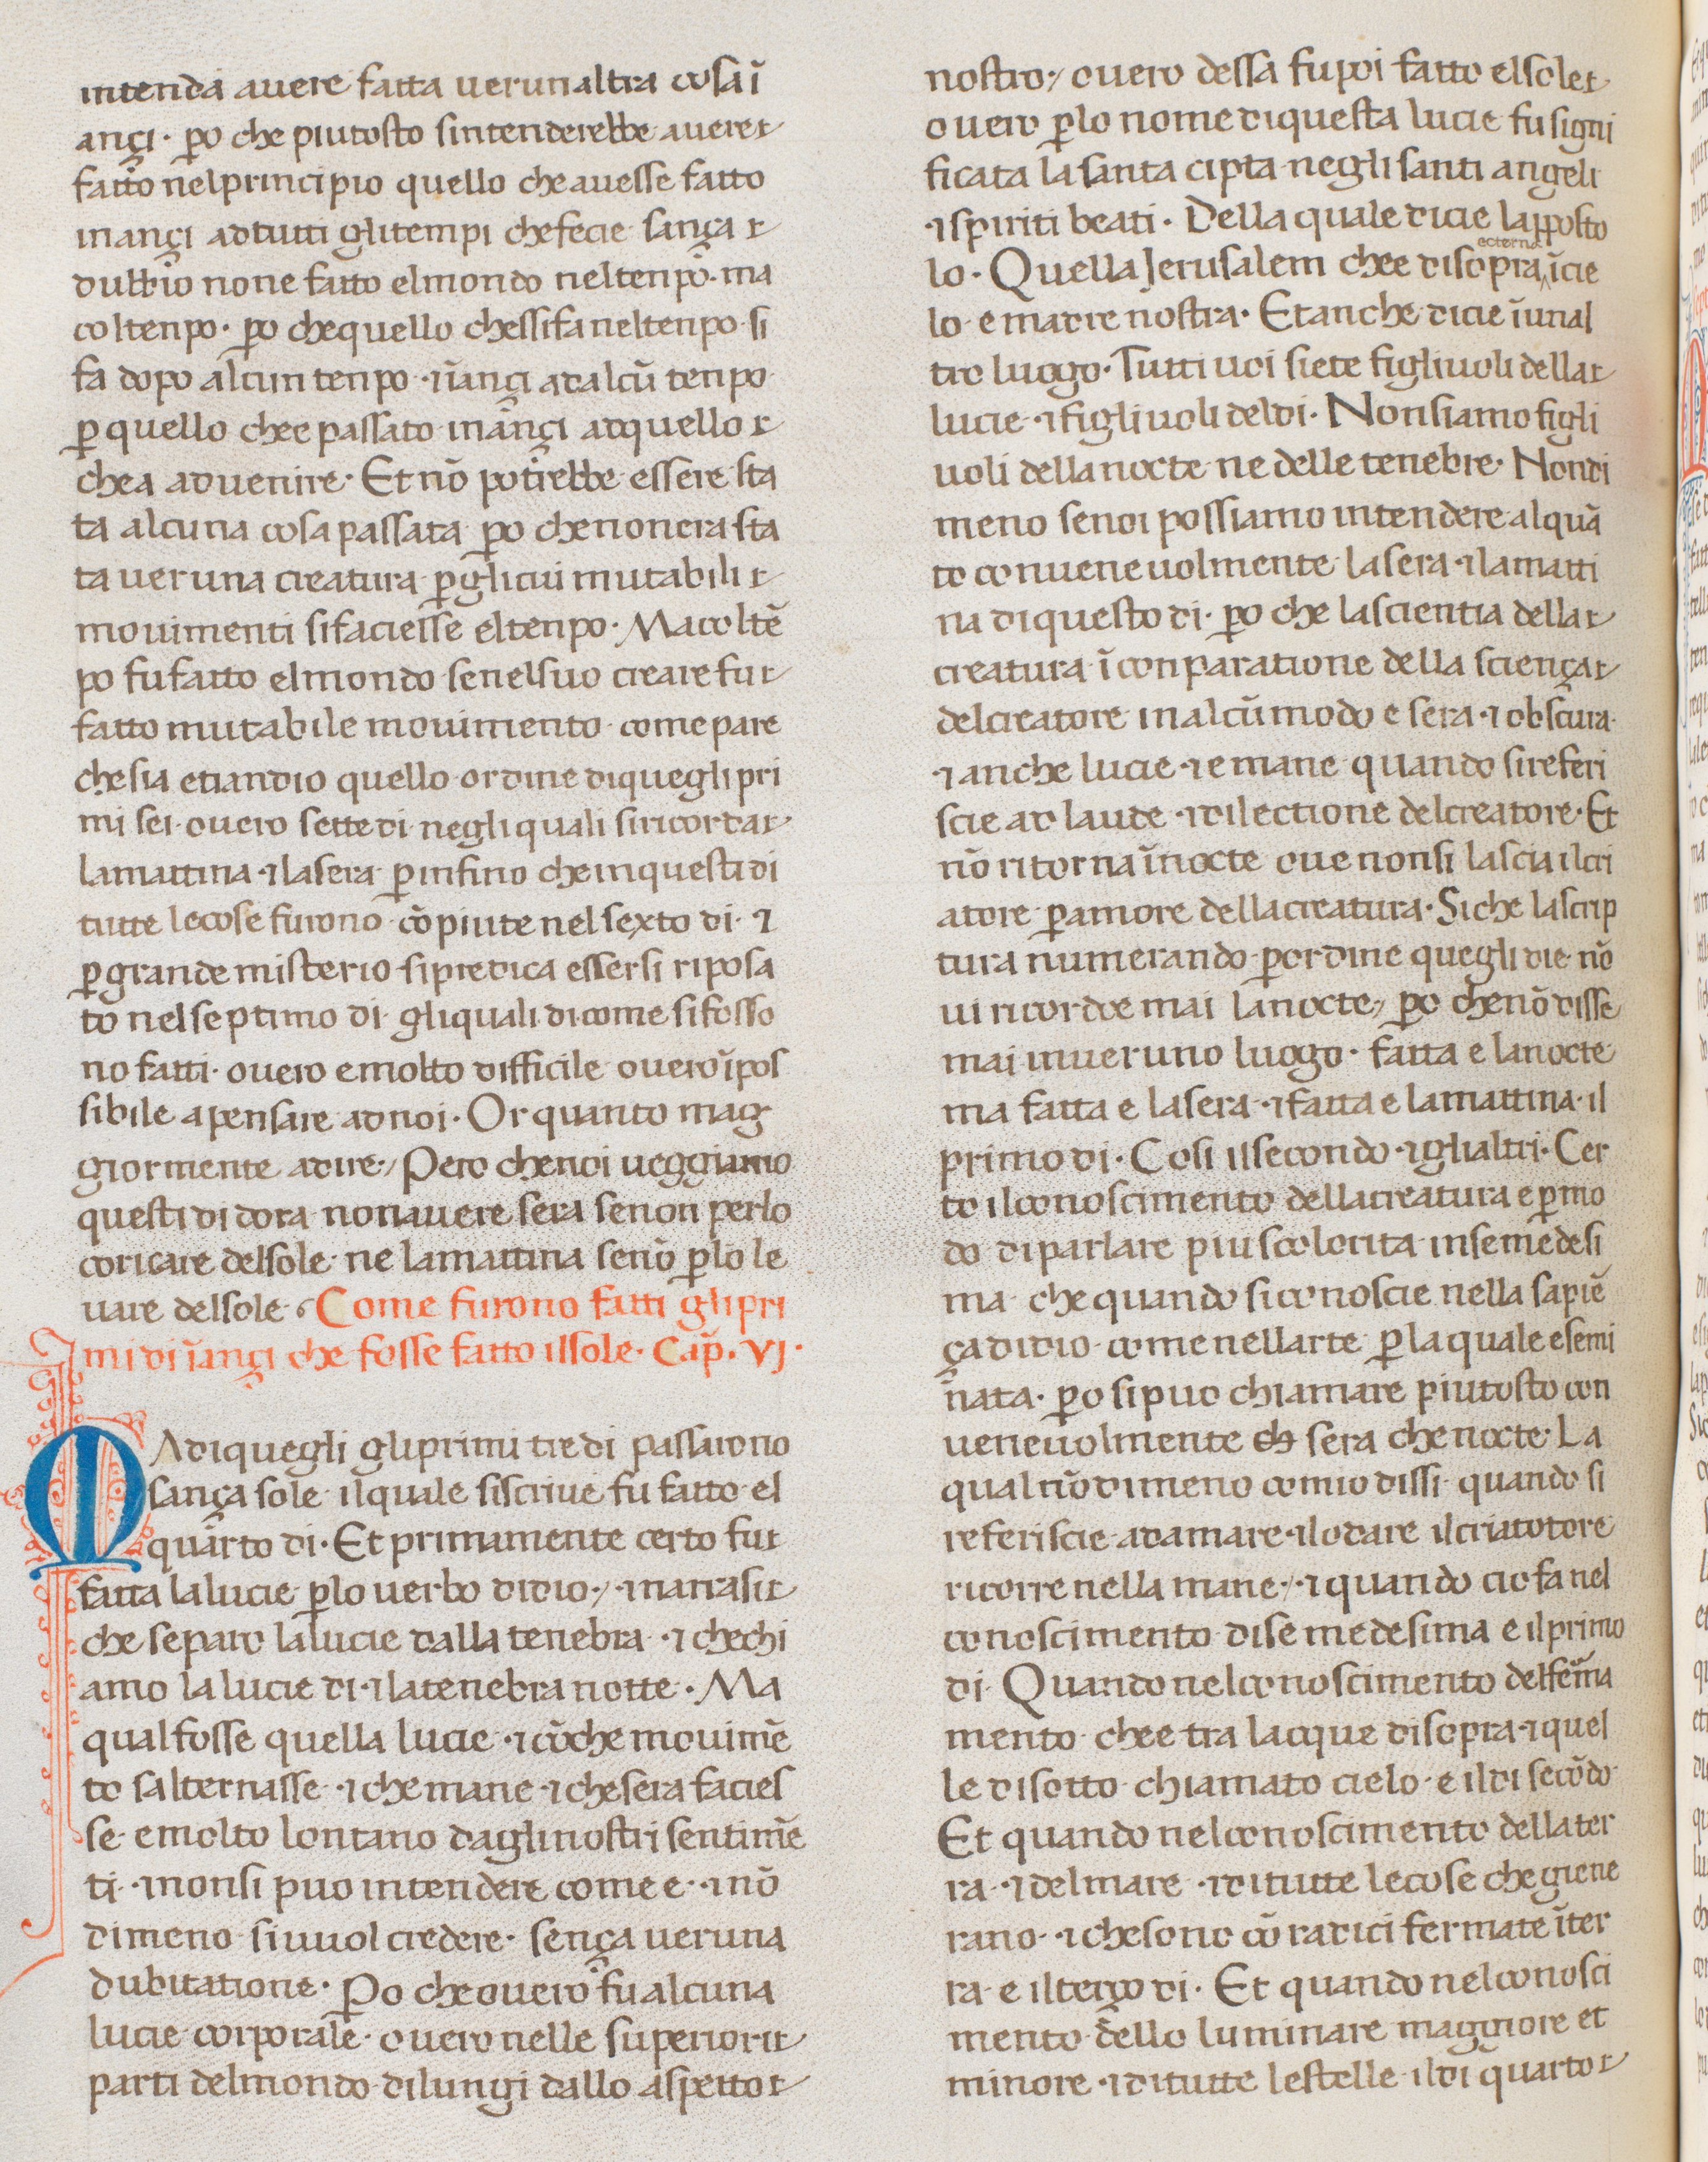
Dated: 1300–1399